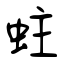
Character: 蛀